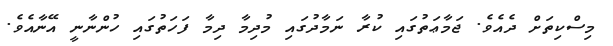
މިސްކިތަށް ދެއެވެ. ޖަމާޢަތުގައި ކުރާ ނަމާދުގައި މުދިމާ ދިމާ ފަހަތުގައި ހުންނާނީ އޭނާއެވެ.